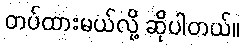
တပ်ထားမယ်လို့ ဆိုပါတယ်။